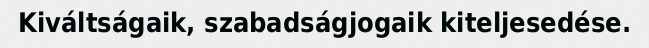
Kiváltságaik, szabadságjogaik kiteljesedése.